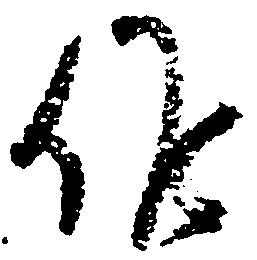
候